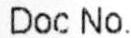
DOC NO.